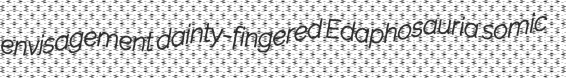
envisagement dainty-fingered Edaphosauria somic